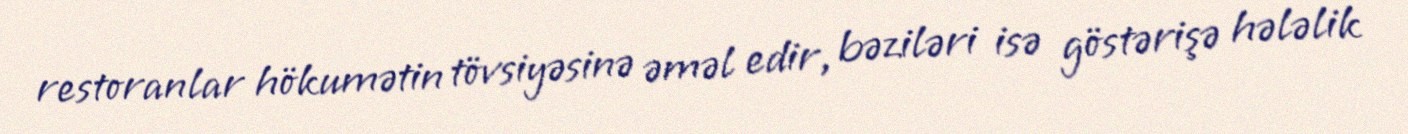
restoranlar hökumətin tövsiyəsinə əməl edir, bəziləri isə göstərişə hələlik